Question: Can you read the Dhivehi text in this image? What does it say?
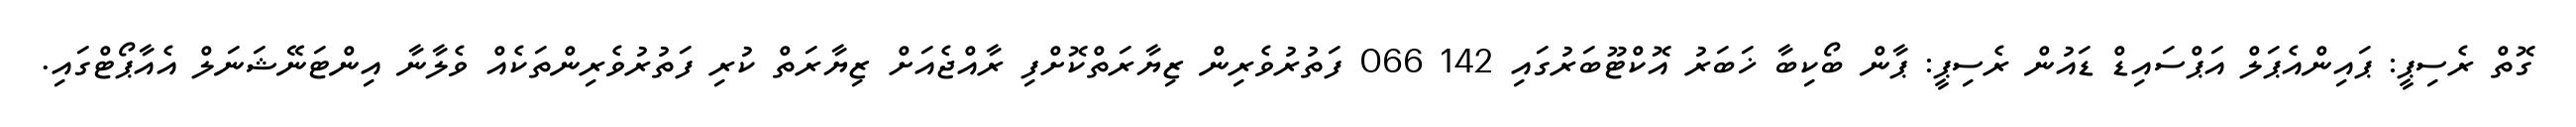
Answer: ގޮތް ރެސިޕީ: ޕައިންއެޕަލް އަޕްސައިޑް ޑައުން ރެސިޕީ: ޕާން ބޯކިބާ ޚަބަރު އޮކްޓޫބަރުގައި 142 066 ފަތުރުވެރިން ޒިޔާރަތްކޮށްފި ރާއްޖެއަށް ޒިޔާރަތް ކުރި ފަތުރުވެރިންތަކެއް ވެލާނާ އިންޓަނޭޝަނަލް އެއާޕޯޓްގައި.